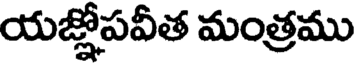
యజ్లోపవీత మంత్రము